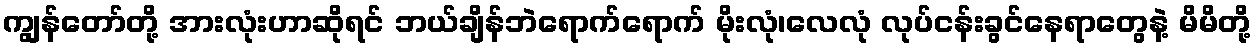
ကျွန်တော်တို့ အားလုံးဟာဆိုရင် ဘယ်ချိန်ဘဲရောက်ရောက် မိုးလုံ၊လေလုံ လုပ်ငန်းခွင်နေရာတွေနဲ့ မိမိတို့